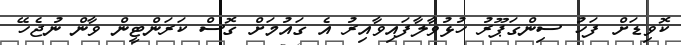
ކޮވިޑަށް ފަހު ސިންގަޕޫރު ހުޅުވާލާފައިވާއިރު އެ ގައުމަށް ގޮސް ކަަރަންޓީން ވާން ނުޖެހޭ